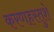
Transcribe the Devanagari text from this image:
करणहस्तुशे